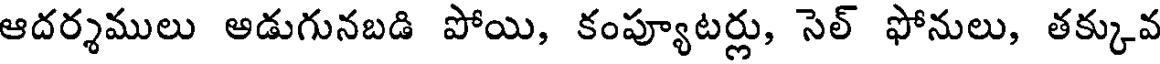
ఆదర్శములు అడుగునబడి పోయి, కంప్యూటర్లు, సెల్ ఫోనులు, తక్కువ